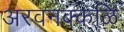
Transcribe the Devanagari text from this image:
अरवनक्कळि